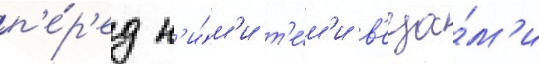
п'е́р'ед н'и́м'и т'е́м'и в'еща́м'и